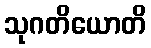
သုဂတိယောတိ